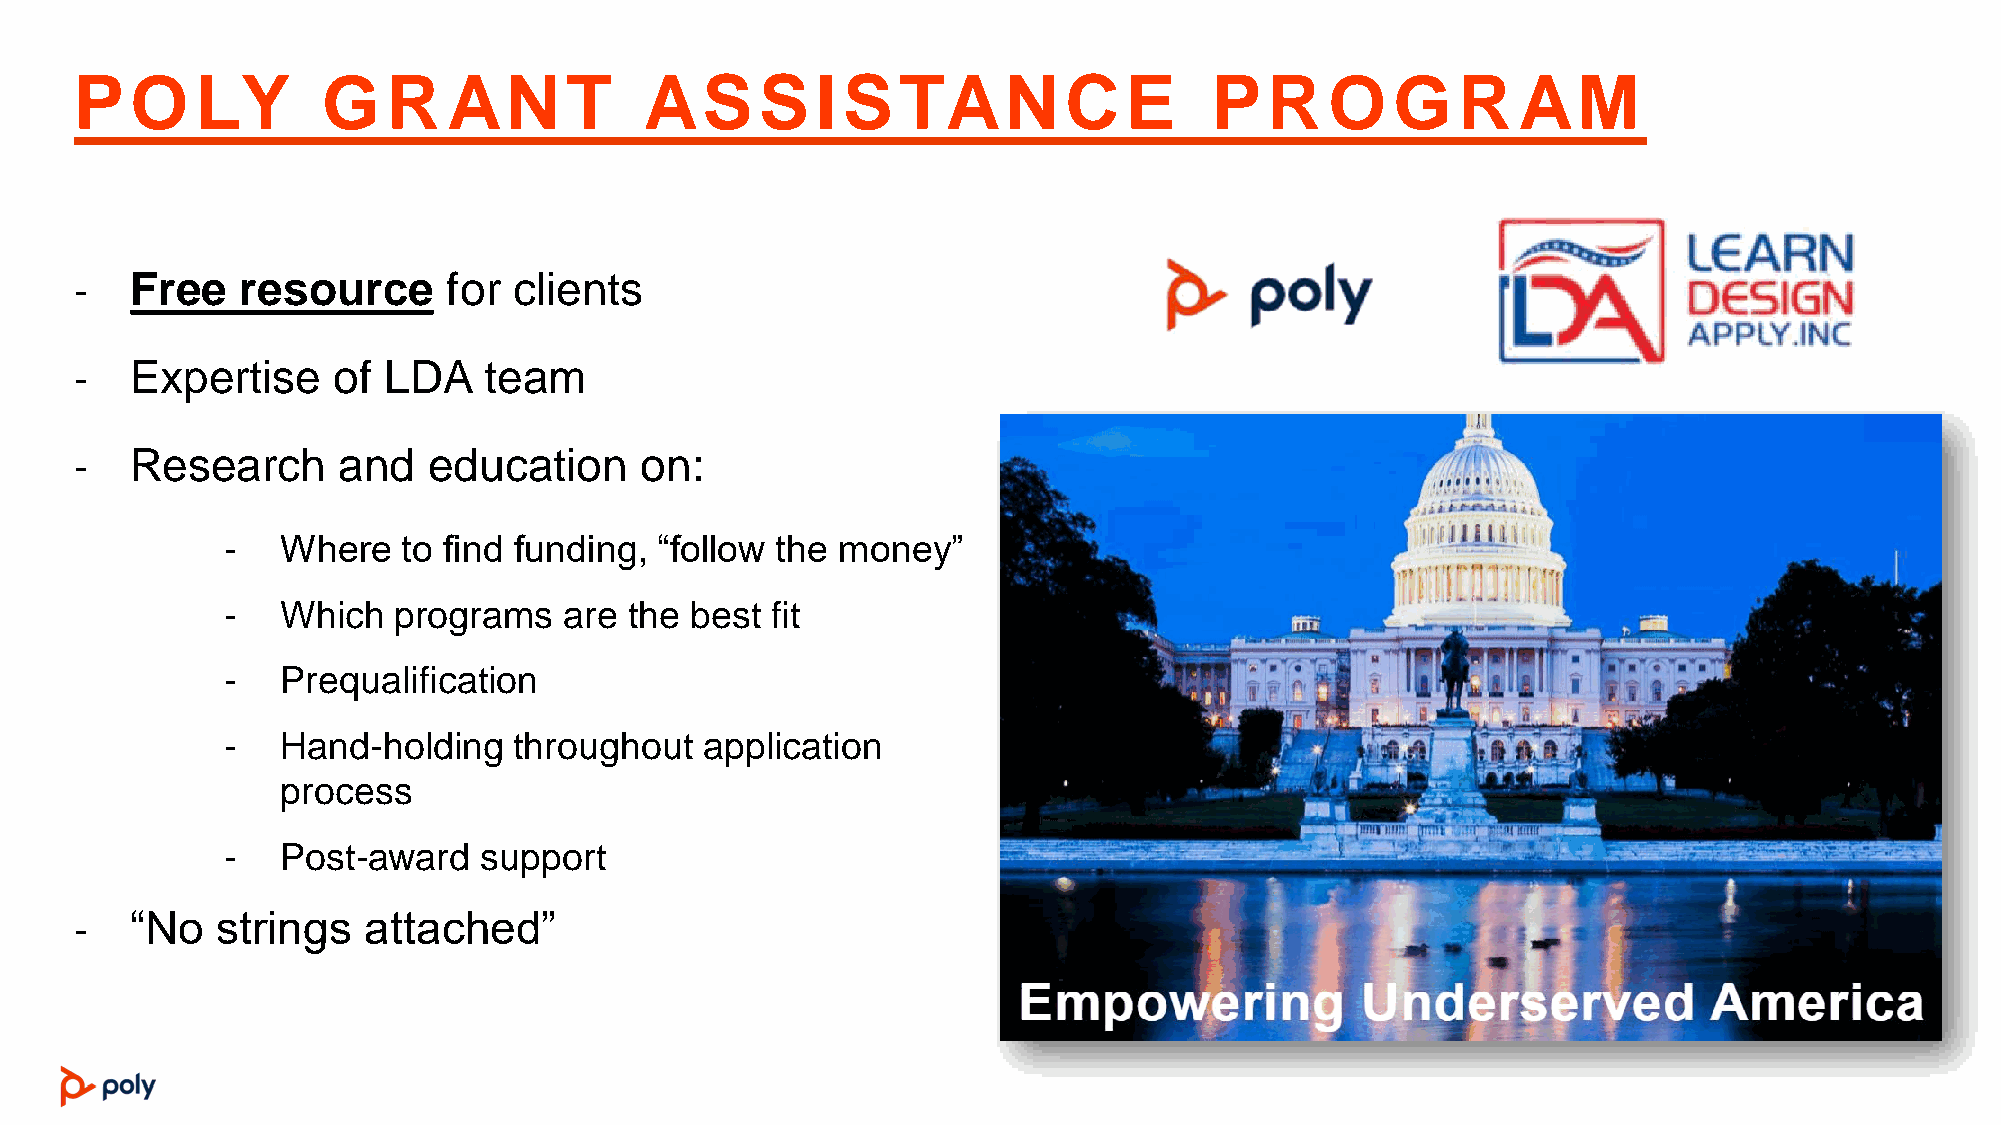
P   O   LY      G    R   AN     T     AS     S   I S  TAN        C   E     P   R   O   G   R   AM
 -   Free   resource      for clients
 -   Expertise    of LDA    team
 -   Research     and   education     on:
 -   Where   to find funding, “follow the money”
 -   Which  programs   are  the best fit
 -   Prequalification
 -   Hand-holding   throughout   application
 process
 -   Post-award   support
 -   “No  strings   attached”